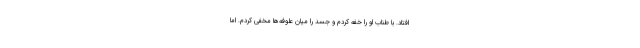
افتاد. با طناب او را خفه کردم و جسد را میان علوفه‌ها مخفی کردم. اما